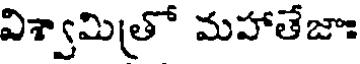
విశ్వామిత్రో మహాతేజాః